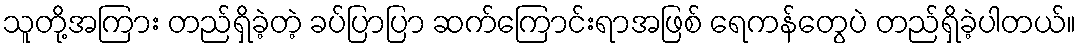
သူတို့အကြား တည်ရှိခဲ့တဲ့ ခပ်ပြာပြာ ဆက်ကြောင်းရာအဖြစ် ရေကန်တွေပဲ တည်ရှိခဲ့ပါတယ်။